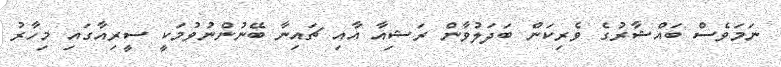
ނަމަވެސް ބައްޝާރުގެ ވެރިކަން ބަދަލުވާން ރަޝިއާ އާއި ޗައިނާ ބޭނުންނުވުމަކީ ސީރިއާގައި މިހާރު